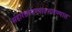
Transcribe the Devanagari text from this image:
संहारछावण्याउभारण्यात